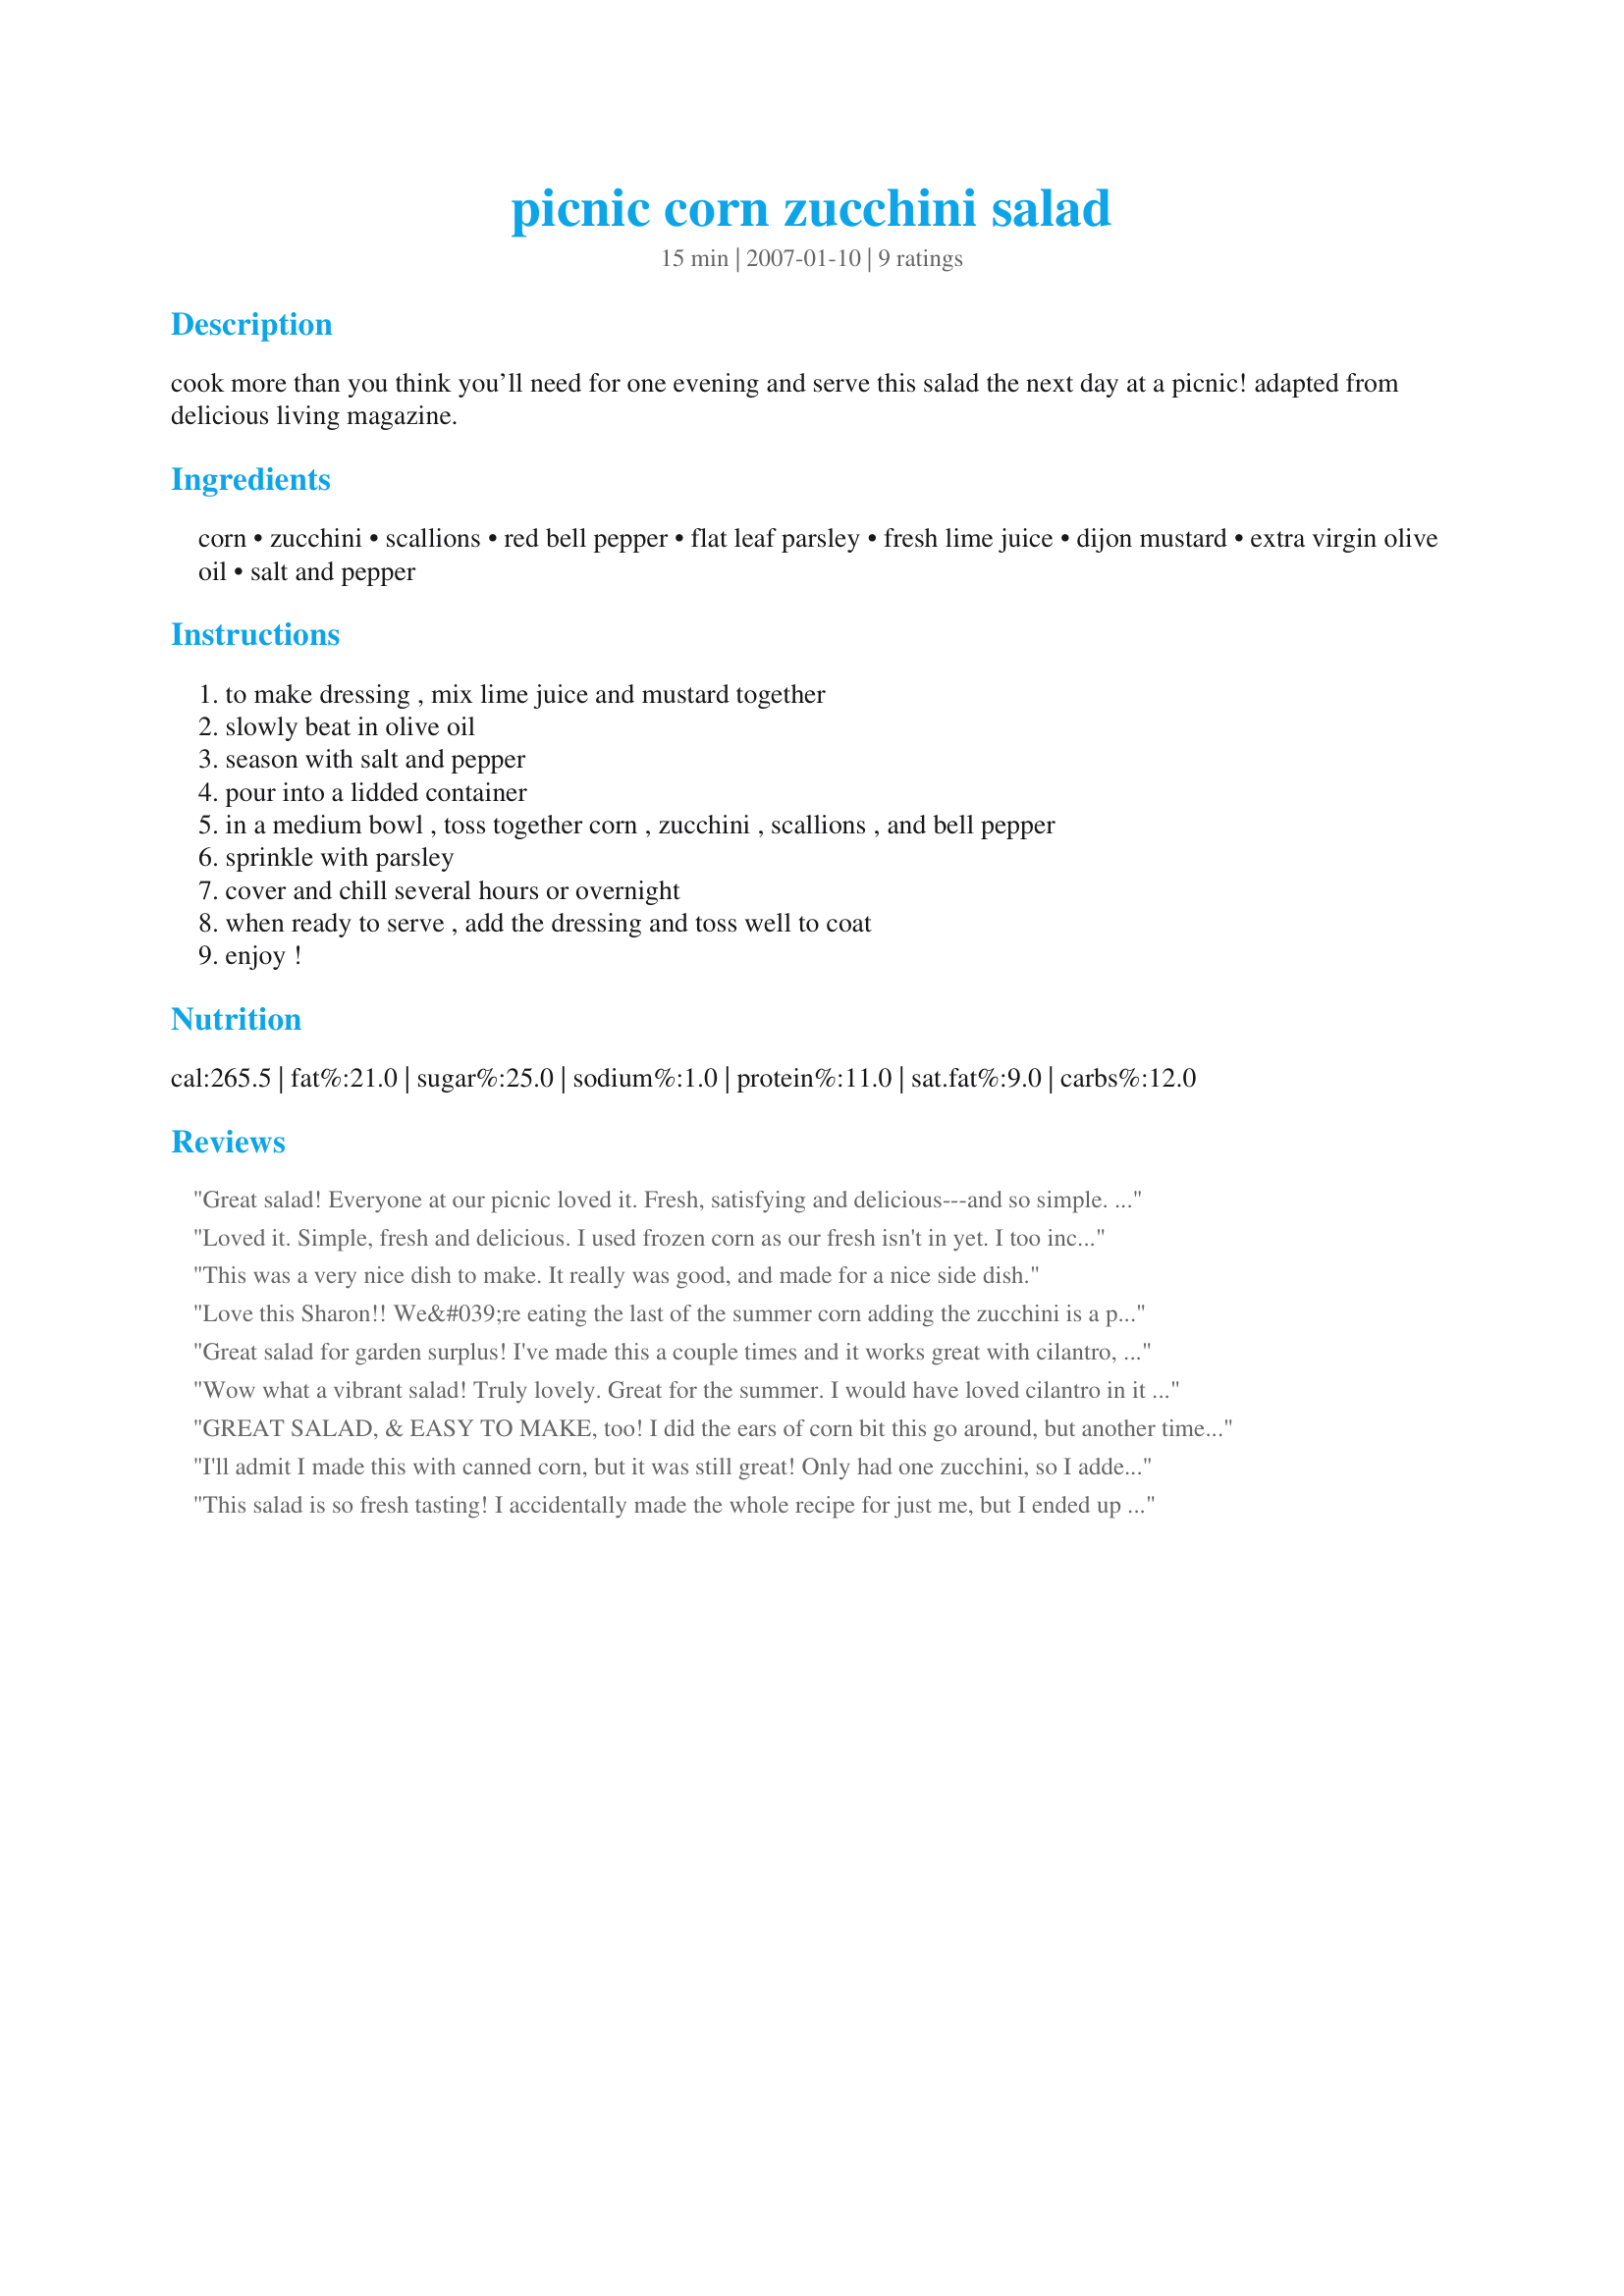
picnic corn zucchini salad
Preparation time: 15 minutes

cook more than you think you’ll need for one evening and serve this salad the next day at a picnic! adapted from delicious living magazine.

Ingredients:
corn, zucchini, scallions, red bell pepper, flat leaf parsley, fresh lime juice, dijon mustard, extra virgin olive oil, salt and pepper

Steps:
to make dressing , mix lime juice and mustard together, slowly beat in olive oil, season with salt and pepper, pour into a lidded container, in a medium bowl , toss together corn , zucchini , scallions , and bell pepper, sprinkle with parsley, cover and chill several hours or overnight, when ready to serve , add the dressing and toss well to coat, enjoy !

Reviews:
Great salad! Everyone at our picnic loved it. Fresh, satisfying and delicious---and so simple. Perfect summer salad. Thank you for posting.
Loved it. Simple, fresh and delicious. I used frozen corn as our fresh isn't in yet. I too increased the mustard to one tablespoon and added one tablespoon of reduced sodium soy sauce as I felt it needed a little something.
This was a very nice dish to make. It really was good, and made for a nice side dish.
Love this Sharon!! We&#039;re eating the last of the summer corn adding the zucchini is a perfect combo! Green onions and Dijon and we were happy happy.&lt;br/&gt;Thank you!!
Great salad for garden surplus! I've made this a couple times and it works great with cilantro, too.
Wow what a vibrant salad! Truly lovely. Great for the summer. I would have loved cilantro in it as well. I sliced the zucchini lengthwise in quarters then in to thin slices. The red peppers a dice. Great dressing even with no garlic!
GREAT SALAD, & EASY TO MAKE, too! I did the ears of corn bit this go around, but another time I'll make it even easier & use frozen corn! Loved the taste of this ~ The dressing is OUTSTANDING! Thanks for a keeper! [Tagged, made & reviewed in Please Review My Recipe]
I'll admit I made this with canned corn, but it was still great! Only had one zucchini, so I added some cooked frozen peas to fill it out. The lime-mustard dressing is different and delicious.
This salad is so fresh tasting! I accidentally made the whole recipe for just me, but I ended up eating most of it so it didn't matter. I cut back on the number of scallions slightly and used some of the light green parts as well to compensate. The only major change I made was with the dressing. I used a tablespoon of mustard instead of a teaspoon because I love mustard. It went so well with the lime juice! I think if I hadn't done that the lime flavor would have overpowered the salad for me but I found it perfect the way I made it. Thanks Sharon!
